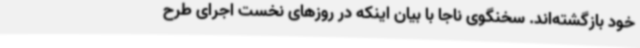
خود بازگشته‌اند. سخنگوی ناجا با بیان اینکه در روزهای نخست اجرای طرح